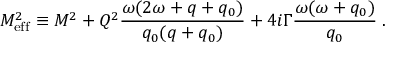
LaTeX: M _ { \mathrm { e f f } } ^ { 2 } \equiv M ^ { 2 } + Q ^ { 2 } { \frac { \omega ( 2 \omega + q + q _ { 0 } ) } { q _ { 0 } ( q + q _ { 0 } ) } } + 4 i \Gamma { \frac { \omega ( \omega + q _ { 0 } ) } { q _ { 0 } } } \; .